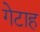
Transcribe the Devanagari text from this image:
गेटाह